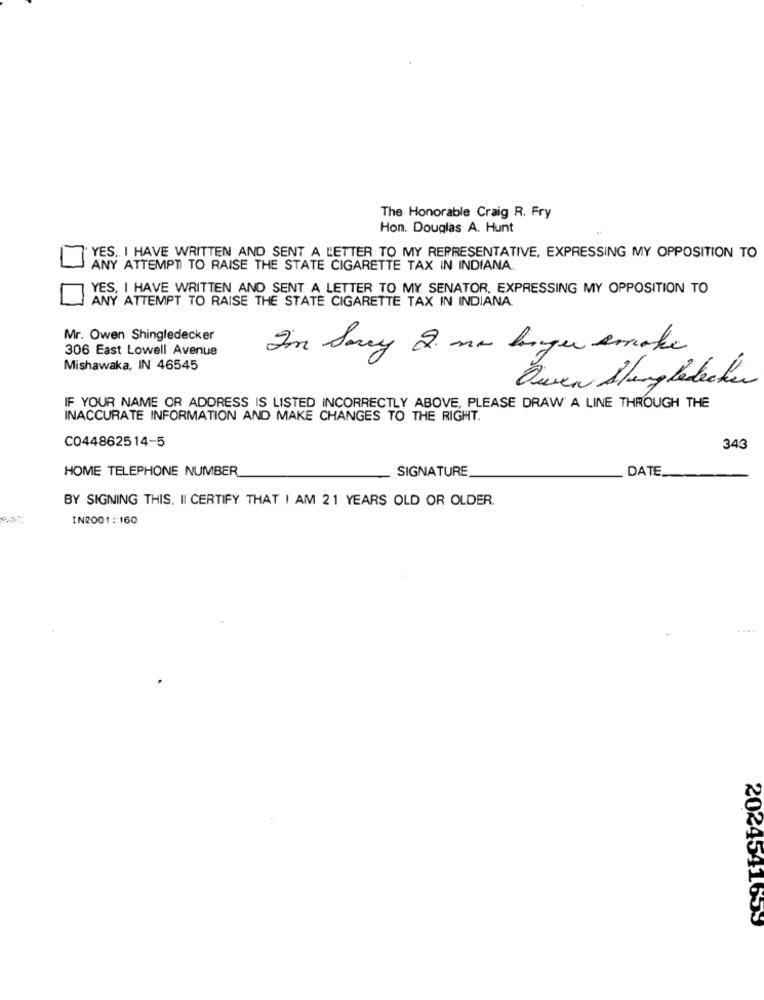
The Honorable Craig R. Fry
Hon. Douglas A. Hunt
YES, I HAVE WRITTEN AND SENT A L'ETTER TO MY REPRESENTATIVE, EXPRESSING MY OPPOSITION TO
ANY ATTEMPT TO RAISE THE STATE CIGARETTE TAX IN INDIANA.
YES, I HAVE WRITTEN AND SENT. A LETTER TO MY SENATOR, EXPRESSING MY OPPOSITION TO
ANY ATTEMPT TO RAISE THE STATE CIGARETTE TAX IN INDIANA
Mr. Owen Shingledecker
306 East Lowell Avenue
I'm Sorry I no longer smoke
Mishawaka, IN 46545
Zeven Singlebecher
IF YOUR NAME OR ADDRESS IS LISTED INCORRECTLY ABOVE, PLEASE DRAW A LINE THROUGH THE
INACCURATE INFORMATION AND MAKE CHANGES TO THE RIGHT.
C044862514-5
343
HOME TELEPHONE NUMBER
SIGNATURE
DATE
BY SIGNING THIS. II CERTIFY THAT I AM 21 YEARS OLD OR OLDER.
IN2001 :: 160
....
2024541653